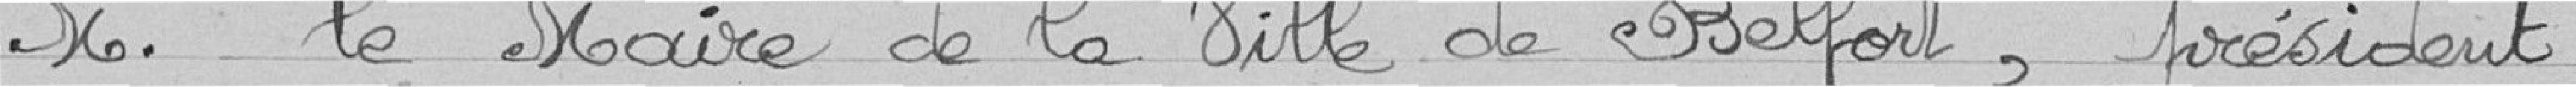
M. le Maire de Belfort, président,